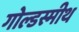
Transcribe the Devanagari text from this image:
गोल्डस्मीथ